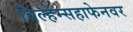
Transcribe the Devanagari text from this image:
विल्हेम्सहाफेनवर